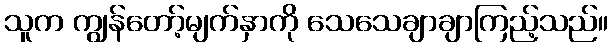
သူက ကျွန်တော့်မျက်နှာကို သေသေချာချာကြည့်သည်။